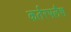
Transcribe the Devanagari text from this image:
कर्तरफ्लैश